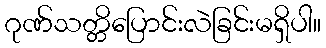
ဂုဏ်သတ္တိပြောင်းလဲခြင်းမရှိပါ။